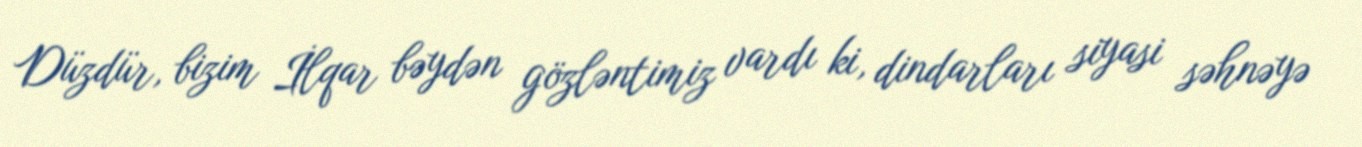
Düzdür, bizim İlqar bəydən gözləntimiz vardı ki, dindarları siyasi səhnəyə